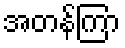
အတန်ကြာ